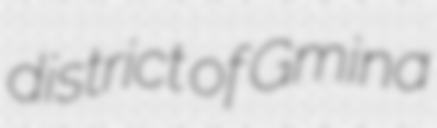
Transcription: district of Gmina